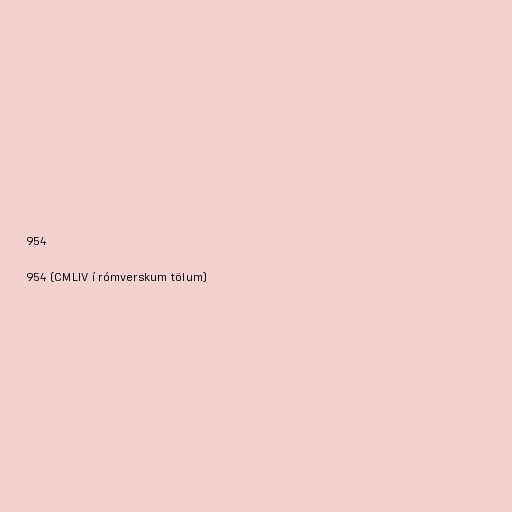
954

954 (CMLIV í rómverskum tölum)